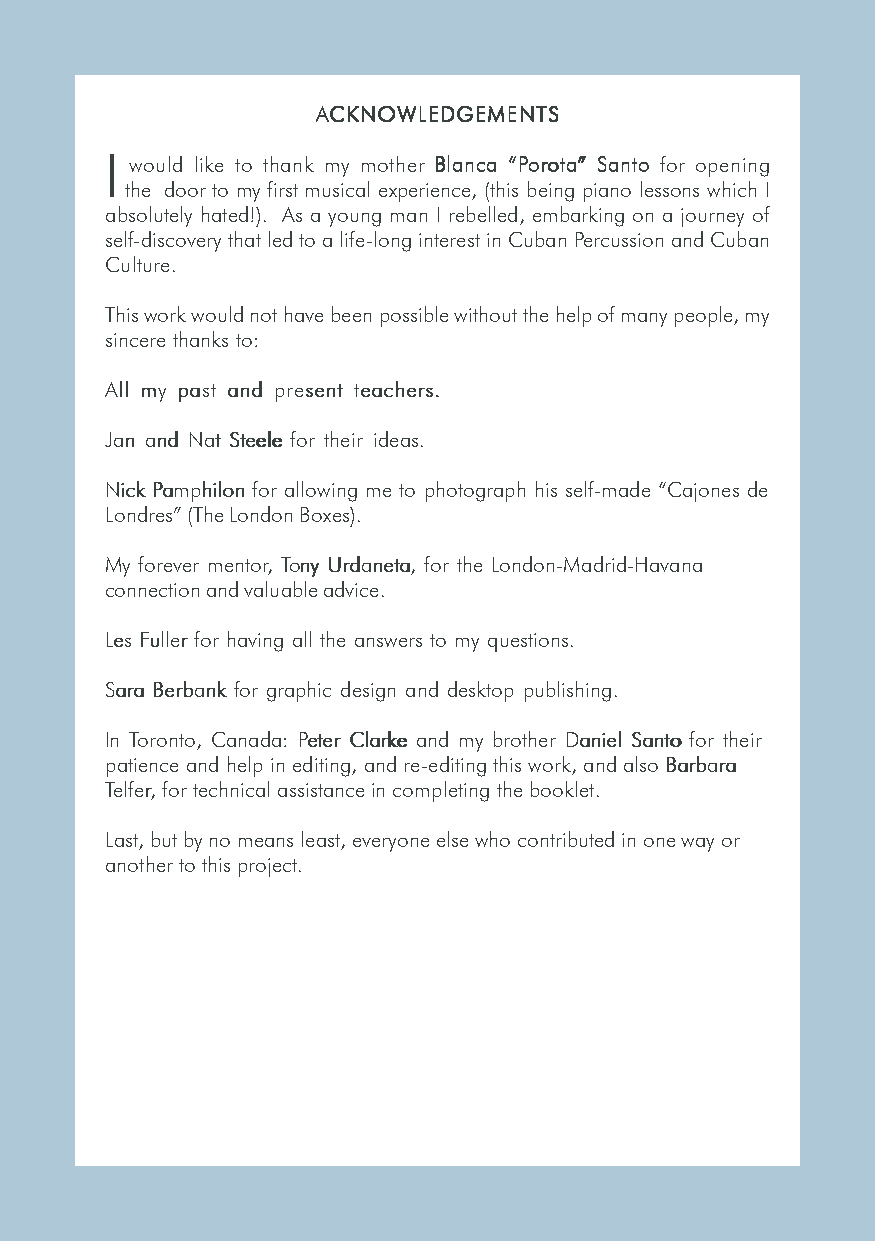
AAAAACCCCCKKKKKNNNNNOOOOOWWWWWLLLLLEEEEEDDDDDGGGGGEEEEEMMMMMEEEEENNNNNTTTTTSSSSS
 I would like to thank my mother BBBBBlllllaaaaannnnncccccaaaaa “““““PPPPPooooorrrrroooootttttaaaaa””””” SSSSSaaaaannnnntttttooooo for opening
 the door to my first musical experience, (this being piano lessons which I
 absolutely hated!). As a young man I rebelled, embarking on a journey of
 self-discovery that led to a life-long interest in Cuban Percussion and Cuban
 Culture.
 This work would not have been possible without the help of many people, my
 sincere thanks to:
 AAAAAllllllllll mmmmmyyyyy pppppaaaaasssssttttt aaaaannnnnddddd ppppprrrrreeeeessssseeeeennnnnttttt ttttteeeeeaaaaaccccchhhhheeeeerrrrrsssss.....
 JJJJJaaaaannnnn aaaaannnnnddddd NNNNNaaaaattttt SSSSSttttteeeeeeeeeellllleeeee for their ideas.
 NNNNNiiiiiccccckkkkk PPPPPaaaaammmmmppppphhhhhiiiiilllllooooonnnnn for allowing me to photograph his self-made “Cajones de
 Londres” (The London Boxes).
 My forever mentor, TTTTTooooonnnnnyyyyy UUUUUrrrrrdddddaaaaannnnneeeeetttttaaaaa, for the London-Madrid-Havana
 connection and valuable advice.
 LLLLLeeeeesssss FFFFFuuuuulllllllllleeeeerrrrr for having all the answers to my questions.
 SSSSSaaaaarrrrraaaaa BBBBBeeeeerrrrrbbbbbaaaaannnnnkkkkk for graphic design and desktop publishing.
 In Toronto, Canada: PPPPPeeeeettttteeeeerrrrr CCCCClllllaaaaarrrrrkkkkkeeeee and my brother DDDDDaaaaannnnniiiiieeeeelllll SSSSSaaaaannnnntttttooooo for their
 patience and help in editing, and re-editing this work, and also BBBBBaaaaarrrrrbbbbbaaaaarrrrraaaaa
 TTTTTeeeeelllllfffffeeeeerrrrr, for technical assistance in completing the booklet.
 Last, but by no means least, everyone else who contributed in one way or
 another to this project.